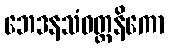
ဘေဒနသံဝတ္တနိကော